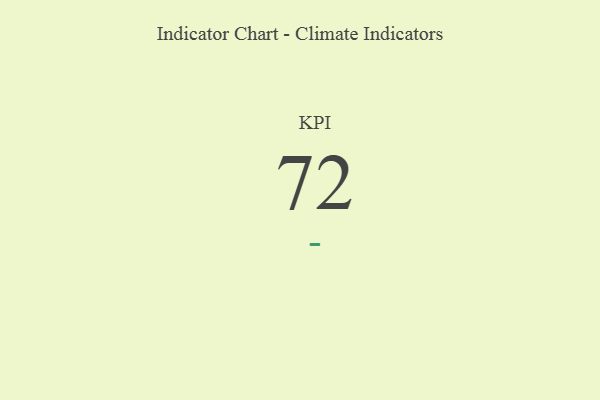
{"axis": {"x": "KPI", "y": "Value"}, "legend": [""], "data": [{"x": "KPI", "y": 72, "type": ""}]}